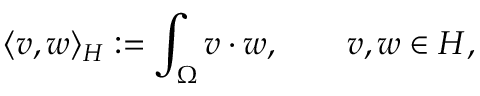
\langle v , w \rangle _ { H } : = \int _ { \Omega } v \cdot w , \qquad v , w \in H ,